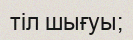
тіл шығуы;